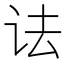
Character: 𫍜